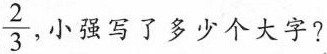
\frac{2}{3}，小强写了多少个大字?